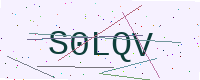
Text: S0LQV